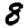
Digit: 8